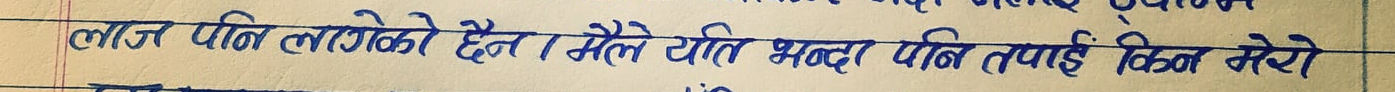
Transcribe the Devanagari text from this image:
लाज पनि लागेको हैन । मैले यति भन्दा पनि तपाई किन मेरो